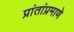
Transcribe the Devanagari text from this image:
प्रांतांप्रमाणे